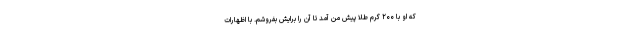
که او با ۲۰۰ گرم طلا پیش من آمد تا آن را برایش بفروشم. با اظهارات